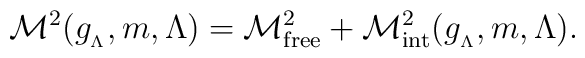
{\cal M}^{2}(g_{_{\Lambda}},m,\Lambda)={\cal M}^{2}_{\mathrm{free}}+{\cal M}_{\mathrm{int}}^{2}(g_{_{\Lambda}},m,\Lambda).